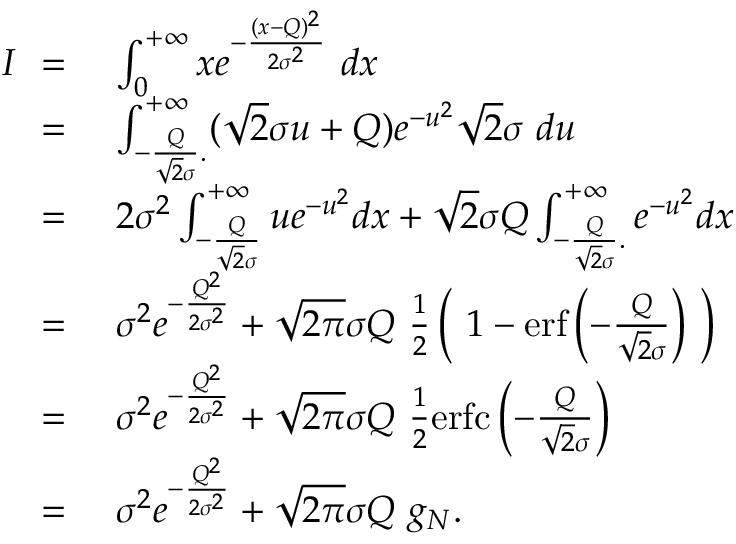
\begin{array} { r l } { I \ = \ } & { \int _ { 0 } ^ { + \infty } x e ^ { - \frac { ( x - Q ) ^ { 2 } } { 2 \sigma ^ { 2 } } } \ d x } \\ { \ = \ } & { \int _ { - \frac { Q } { \sqrt { 2 } \sigma } . } ^ { + \infty } ( \sqrt { 2 } \sigma u + Q ) e ^ { - u ^ { 2 } } \sqrt { 2 } \sigma \ d u } \\ { \ = \ } & { 2 \sigma ^ { 2 } \int _ { - \frac { Q } { \sqrt { 2 } \sigma } } ^ { + \infty } u e ^ { - u ^ { 2 } } d x + \sqrt { 2 } \sigma Q \int _ { - \frac { Q } { \sqrt { 2 } \sigma } . } ^ { + \infty } e ^ { - u ^ { 2 } } d x } \\ { \ = \ } & { \sigma ^ { 2 } e ^ { - \frac { Q ^ { 2 } } { 2 \sigma ^ { 2 } } } + \sqrt { 2 \pi } \sigma Q \ \frac { 1 } { 2 } \left( \ 1 - \mathrm { e r f } \left( - \frac { Q } { \sqrt { 2 } \sigma } \right) \ \right) } \\ { \ = \ } & { \sigma ^ { 2 } e ^ { - \frac { Q ^ { 2 } } { 2 \sigma ^ { 2 } } } + \sqrt { 2 \pi } \sigma Q \ \frac { 1 } { 2 } \mathrm { e r f c } \left( - \frac { Q } { \sqrt { 2 } \sigma } \right) } \\ { \ = \ } & { \sigma ^ { 2 } e ^ { - \frac { Q ^ { 2 } } { 2 \sigma ^ { 2 } } } + \sqrt { 2 \pi } \sigma Q \ g _ { N } . } \end{array}